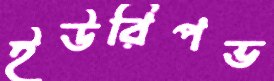
ইউরিপভ